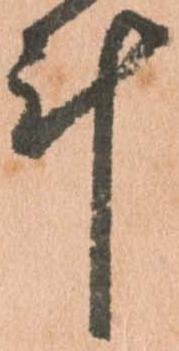
斗